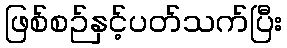
ဖြစ်စဉ်နှင့်ပတ်သက်ပြီး